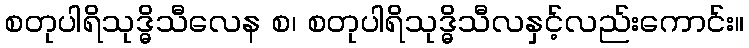
စတုပါရိသုဒ္ဓိသီလေန စ၊ စတုပါရိသုဒ္ဓိသီလနှင့်လည်းကောင်း။